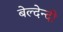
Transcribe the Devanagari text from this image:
बेल्देन्दी